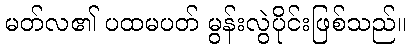
မတ်လ၏ ပထမပတ် မွန်းလွဲပိုင်းဖြစ်သည်။